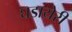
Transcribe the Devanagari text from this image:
घडायेरी